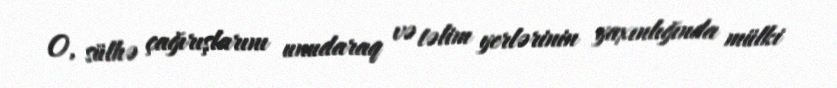
O, sülhə çağırışlarını unudaraq və təlim yerlərinin yaxınlığında mülki